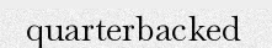
quarterbacked